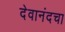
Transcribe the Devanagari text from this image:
देवानंदचा